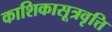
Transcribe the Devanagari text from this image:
काशिकासूत्रवृत्ति